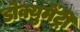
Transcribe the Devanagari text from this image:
डोक्युमेंट्री